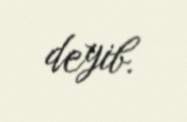
deyib.